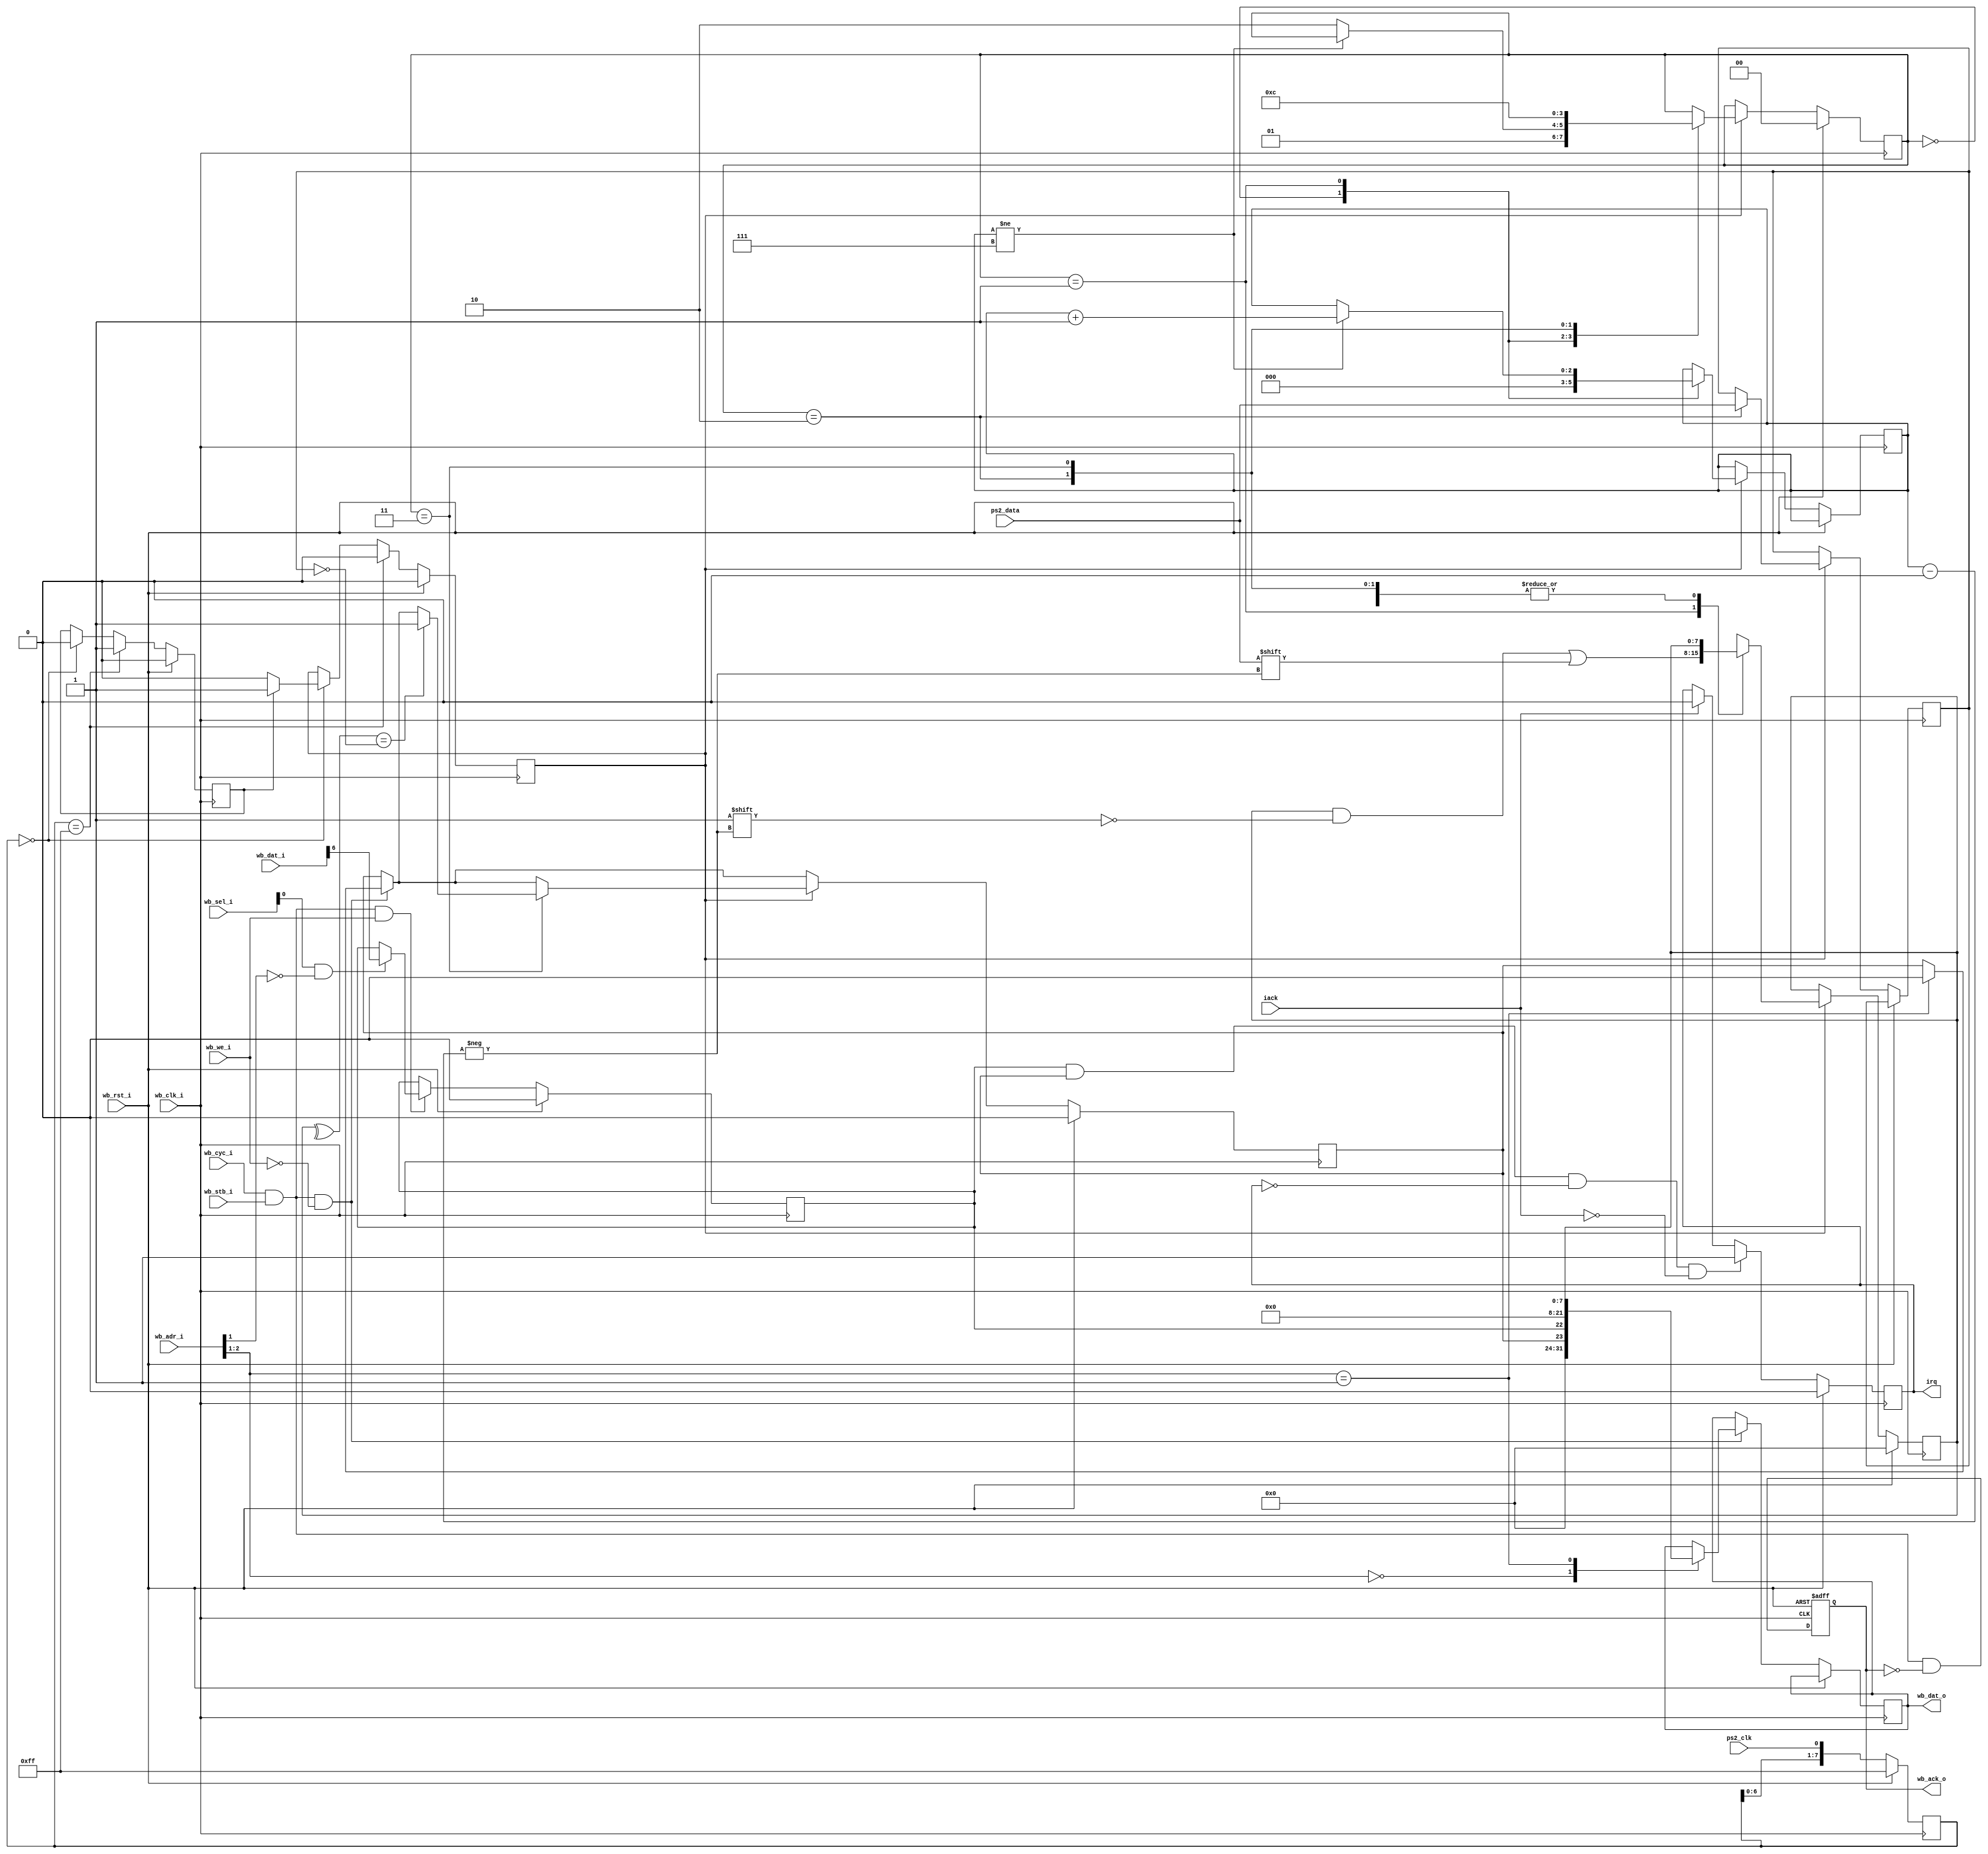
//*************************************************************************
//*    PS/2
//*************************************************************************

module ps2 (

//  wishbone
   input                  wb_clk_i,   //   
   input                  wb_rst_i,   // 
   input    [15:0]        wb_adr_i,   //  
   input    [15:0]        wb_dat_i,   //  
   output reg [15:0]      wb_dat_o,   //  
   input                  wb_cyc_i,   //   
   input                  wb_we_i,    //   (0 - )
   input                  wb_stb_i,   //   
   input    [1:0]         wb_sel_i,   //      - ,   
   output reg             wb_ack_o,   //   

//     
   output reg            irq,         // 
   input                 iack,        // 

// 
   input                ps2_clk,     //  PS/2 clock
   input                ps2_data     //  PS/2 data
);
//
//  :
// 
// base+0 -  :
//   D6 - IE   -  
//   D7 - Done -   ,     
//
// base+2 -  ,   
//


reg[2:0] bitcount;  //     
reg[7:0] scancode;  // ,    
reg rxdone;         //    
reg rxie;           //   
reg[7:0] cfilter;   //     ps/2 c
reg ps2clk_edge;    //    ps/2 cloc  0  1
reg ps2clock;       //   ps/2 clock
reg parity;         //     

//    PS/2
parameter[1:0] ps2_state_idle = 0; 
parameter[1:0] ps2_state_data = 1; 
parameter[1:0] ps2_state_parity = 2; 
parameter[1:0] ps2_state_stop = 3; 
reg[1:0] ps2_state; 

wire bus_strobe;          //   
wire bus_read_req;        //  
wire bus_write_req;       //  

//*******************************************************   
//*    
//*******************************************************   
assign bus_strobe = wb_cyc_i & wb_stb_i;         //   
assign bus_read_req = bus_strobe & ~wb_we_i;     //  
assign bus_write_req = bus_strobe & wb_we_i;     //  
//        
wire reply=wb_cyc_i & wb_stb_i & ~wb_ack_o;
   
//   
always @(posedge wb_clk_i or posedge wb_rst_i)
   if (wb_rst_i == 1) wb_ack_o <= 0;
 else wb_ack_o <= reply;

//=============================================================================
always @(posedge wb_clk_i) begin
  if (wb_rst_i == 1'b1) begin
   //  
    rxdone <= 1'b0 ; 
    rxie <= 1'b0 ; 
    ps2clock <= 1'b0 ; 
    cfilter <= {8{1'b1}} ; 
    scancode <= {8{1'b0}} ; 
    ps2_state <= ps2_state_idle ; 
    ps2clk_edge <= 1'b0 ; 
    irq <= 1'b0 ; 
   end

   //  
   else  begin
      
   //**********************************************
   //   
   //**********************************************
   if (rxie == 1'b1 & rxdone == 1'b1 & irq == 1'b0 & iack == 1'b0) begin
      //   rx_done -  ,  
      irq <= 1'b1 ;    //     
   end 
   //   
   else  if (iack == 1'b1) begin  //    
      irq <= 1'b0 ;               //  
   end 

   //**********************************************
   //*   
   //**********************************************

   //  
   if (bus_read_req)  begin
        case (wb_adr_i[2:1])
           2'b00 :  //  
                   wb_dat_o <= {8'b00000000, rxdone, rxie, 6'b000000} ; 
           2'b01 :  //   ()
                begin
                   rxdone <= 1'b0 ;    //   done   
                   wb_dat_o <= {8'b00000000, scancode} ; 
                end
        endcase 
    end 
         
    //  
    if (bus_write_req)  
      //          CSR
      if ((wb_sel_i[0] == 1) & (wb_adr_i[1] == 1'b0))   rxie <= wb_dat_i[6] ; //    IE
 

   //**********************************************
   //   ps/2 clock
   //**********************************************
   cfilter <= {cfilter[6:0], ps2_clk} ; //   ps/2 clock   
         
   //  8  -  ps/2 clock     
   if (cfilter == {8{1'b1}})  begin
        ps2clock <= 1'b1 ;        //  =1
        ps2clk_edge <= 1'b0 ; //   clock
   end
         
   //  8  -  ps/2 clock     
   else if (cfilter == {8{1'b0}}) begin
        ps2clock <= 1'b0 ;        //  =0
        if (ps2clock == 1'b1) ps2clk_edge <= 1'b1 ; //    1  0 -   
        else  ps2clk_edge <= 1'b0 ; //    -   
   end 
         
   //*********************************************************************
   //    ps/2 clock -   
   //*********************************************************************
   if (ps2clk_edge) 
     case (ps2_state)

        ps2_state_idle :
         //   
         begin
            ps2_state <= ps2_state_data ;  //     
            bitcount <= 0 ; 
         end
               
       ps2_state_data :
         //   
         begin
            scancode[bitcount] <= ps2_data ; //      
            if (bitcount != 7) bitcount <= bitcount + 1'b1 ;    //   
            else               ps2_state <= ps2_state_parity ;  //   8  -     
         end
                        
       ps2_state_parity :
         //  
         begin
           ps2_state <= ps2_state_stop ; 
           parity <= ps2_data;
         end  
                           
       ps2_state_stop :
         begin
         //   
           if (^scancode == ~parity) rxdone <= 1'b1 ;  //    ,   
           ps2_state <= ps2_state_idle ; //     
         end
     endcase 

   end  
end 
endmodule